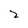
Character: 2